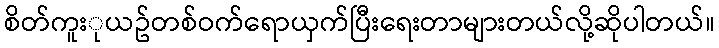
စိတ်ကူးုယဥ်တစ်ဝက်ရောယှက်ပြီးရေးတာများတယ်လို့ဆိုပါတယ်။